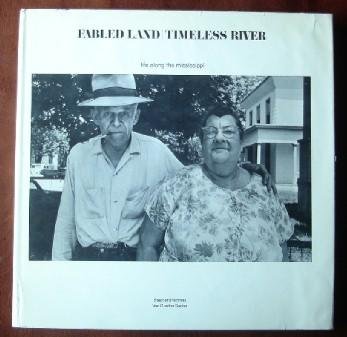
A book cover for Fabled land/timeless river;: Life along the Mississippi; Stephen L Feldman; Travel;